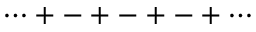
\cdots + - + - + - + \cdots